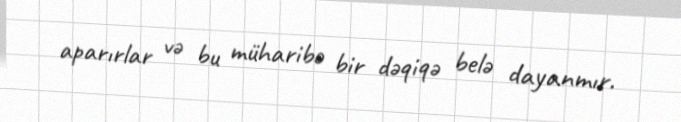
aparırlar və bu müharibə bir dəqiqə belə dayanmır.